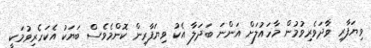
ވިޔަފާރި ވާދަވެރިވުމުން މާހައުލަށް އަންނަ ބަދަލާ އެކު ވިޔަފާރިން ކޮންމެވެސް ބަޔަކު އެކަހެރިވުމަކީ